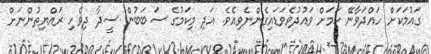
ގައުމަކަށް ހައްދަވާނޭ ކަމަށް ވައުދުވެވަޑައިގެންނެވިއެވެ. އަދި މިކަމުގެ ސަބަބުން ސީދާ ދިވެހި ރައްޔިތުންނަށް